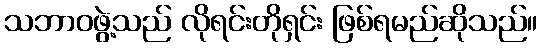
သဘာဝဖွဲ့သည် လိုရင်းတိုရှင်း ဖြစ်ရမည်ဆိုသည်။